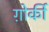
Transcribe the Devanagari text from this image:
ग़ोर्की